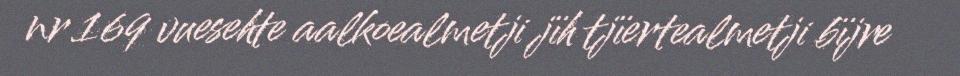
nr 169 vuesehte aalkoealmetji jïh tjïertealmetji bïjre